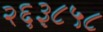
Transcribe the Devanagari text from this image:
२६३८५८